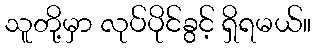
သူတို့မှာ လုပ်ပိုင်ခွင့် ရှိရမယ်။